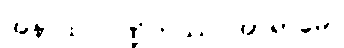
အနာထ ပိဏ္ဍိကဿ အာရာမေ။